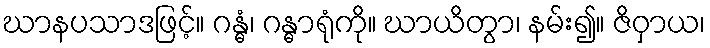
ဃာနပသာဒဖြင့်။ ဂန္ဓံ၊ ဂန္ဓာရုံကို။ ဃာယိတွာ၊ နမ်း၍။ ဇိဝှာယ၊